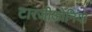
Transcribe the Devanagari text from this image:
टारजीओनिया